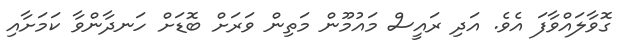
ގޮވާލައްވާފަ އެވެ. އަދި ރައީސް މައުމޫން މަތިން ވަރަށް ބޮޑަށް ހަނދާންވާ ކަމަށާއި